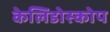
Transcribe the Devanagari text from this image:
केलिडोस्कोप